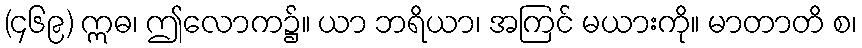
(၄၆၉) ဣဓ၊ ဤလောက၌။ ယာ ဘရိယာ၊ အကြင် မယားကို။ မာတာတိ စ၊